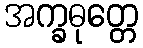
အက္ခဓုတ္တေ